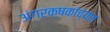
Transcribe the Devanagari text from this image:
अंगरक्षकांच्यात